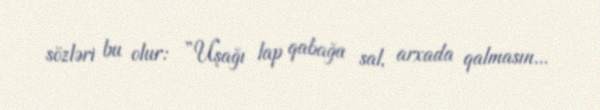
sözləri bu olur: ”Uşağı lap qabağa sal, arxada qalmasın...